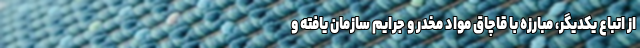
از اتباع یکدیگر، مبارزه با قاچاق مواد مخدر و جرایم سازمان یافته و